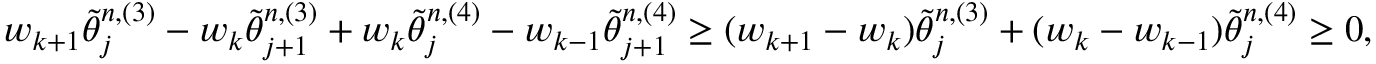
\begin{array} { r } { w _ { k + 1 } \tilde { \theta } _ { j } ^ { n , ( 3 ) } - w _ { k } \tilde { \theta } _ { j + 1 } ^ { n , ( 3 ) } + w _ { k } \tilde { \theta } _ { j } ^ { n , ( 4 ) } - w _ { k - 1 } \tilde { \theta } _ { j + 1 } ^ { n , ( 4 ) } \geq ( w _ { k + 1 } - w _ { k } ) \tilde { \theta } _ { j } ^ { n , ( 3 ) } + ( w _ { k } - w _ { k - 1 } ) \tilde { \theta } _ { j } ^ { n , ( 4 ) } \geq 0 , } \end{array}